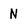
Character: N